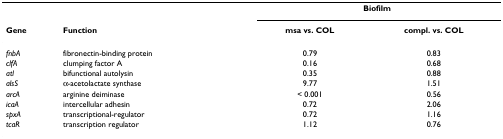
<table><thead><tr><td></td><td></td><td colspan="2"><b>Biofilm</b></td></tr><tr><td><b>Gene</b></td><td><b>Function</b></td><td><b>msa vs. COL</b></td><td><b>compl. vs. COL</b></td></tr></thead><tbody><tr><td><i>fnbA</i></td><td>fibronectin-binding protein</td><td>0.79</td><td>0.83</td></tr><tr><td><i>clfA</i></td><td>clumping factor A</td><td>0.16</td><td>0.68</td></tr><tr><td><i>atl</i></td><td>bifunctional autolysin</td><td>0.35</td><td>0.88</td></tr><tr><td><i>alsS</i></td><td>α-acetolactate synthase</td><td>9.77</td><td>1.51</td></tr><tr><td><i>arcA</i></td><td>arginine deiminase</td><td>&lt; 0.001</td><td>0.56</td></tr><tr><td><i>icaA</i></td><td>intercellular adhesin</td><td>0.72</td><td>2.06</td></tr><tr><td><i>spxA</i></td><td>transcriptional-regulator</td><td>0.72</td><td>1.16</td></tr><tr><td><i>tcaR</i></td><td>transcription regulator</td><td>1.12</td><td>0.76</td></tr></tbody></table>